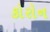
કોરોન